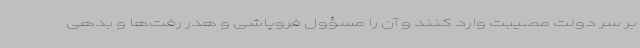
بر سر دولت مصیبت وارد کنند و آن را مسؤول فروپاشی و هدر رفت‌ها و بدهی‌